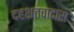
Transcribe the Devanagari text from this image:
दहशतवादास